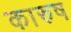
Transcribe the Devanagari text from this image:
कारुष